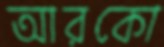
আরকো